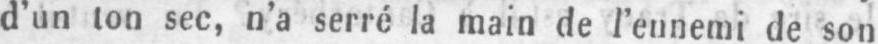
d’un ton sec, n’a serré la main de l’ennemi de son